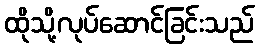
ထိုသို့လုပ်ဆောင်ခြင်းသည်